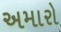
અમારો